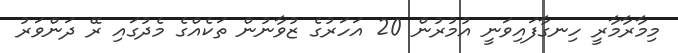
މިމާރާމާރީ ހިނގާފައިވަނީ އުމުރުން 20 އަހަރުގެ ޒުވާނުން ތަކެއްގެ މެދުގައި ރޭ ދަންވަރު